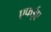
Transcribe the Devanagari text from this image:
एफईए